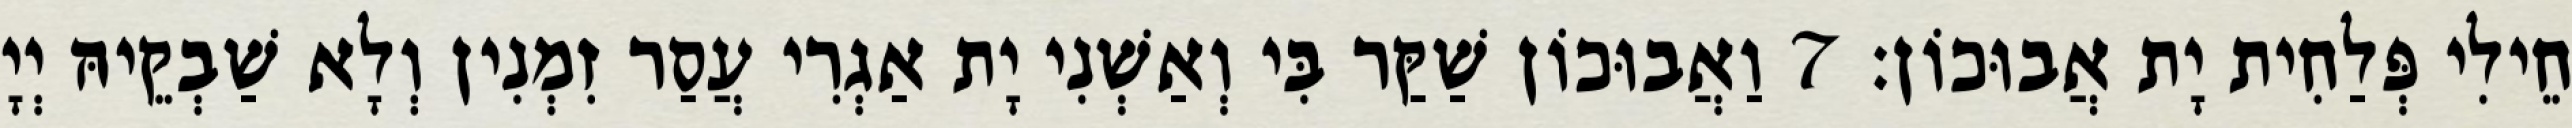
חֵילִי פְּלַחִית יָת אֲבוּכוֹן׃ 7 וַאֲבוּכוֹן שַׁקַּר בִּי וְאַשְׁנִי יָת אַגְרִי עֲסַר זִמְנִין וְלָא שַׁבְקֵיהּ יְיָ